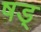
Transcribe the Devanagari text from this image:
षड्‍